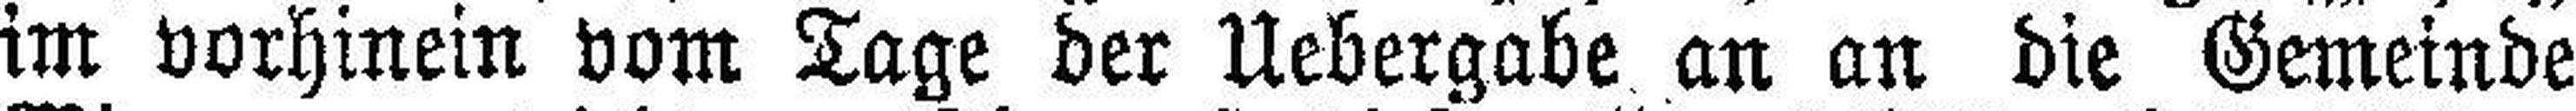
im vorhinein vom Tage der Uebergabe an an die Gemeinde